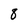
Character: 8